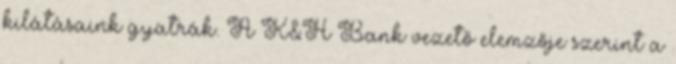
kilátásaink gyatrák. A K&H Bank vezető elemzője szerint a